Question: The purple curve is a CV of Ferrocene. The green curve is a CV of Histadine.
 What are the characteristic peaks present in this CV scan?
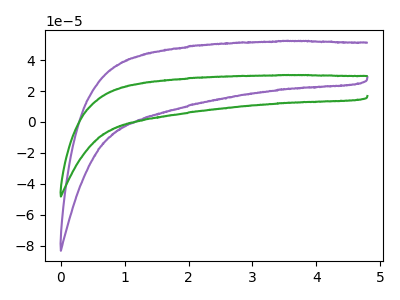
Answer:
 <answer>The purple curve "Ferrocene" has no peaks. The green curve "Histadine" has no peaks.</answer>
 <eval></eval>